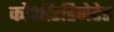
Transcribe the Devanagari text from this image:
कोऑरडिनेटेड